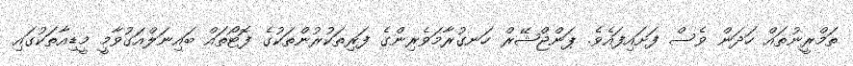
ތަމްރީނުތައް ހަދަން ވެސް ފަށައިފައެވެ. ޕަންޖްޝޭރް ހަނގުރާމަވެރިންގެ ފަރިތަކުރުންތަކުގެ ފޮޓޯތައް ބައިނަލްއަގުވާމީ މީޑިއާތަކުގައި